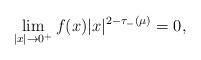
LaTeX: \begin{align*} \lim_{|x|\to0^+}f(x)|x|^{2-\tau_-(\mu)}=0,\end{align*}